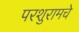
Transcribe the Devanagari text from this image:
परशुरामचे